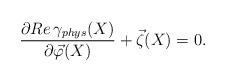
LaTeX: \begin{align*}\frac{\partial Re \, \gamma_{phys} (X)}{\partial \vec{\varphi} (X)} + \vec{\zeta} (X) = 0 . \end{align*}